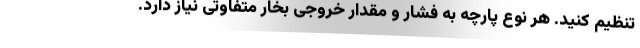
تنظیم کنید. هر نوع پارچه به فشار و مقدار خروجی بخار متفاوتی نیاز دارد.